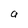
Character: a